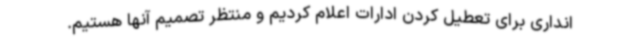
انداری برای تعطیل کردن ادارات اعلام کردیم و منتظر تصمیم آنها هستیم.